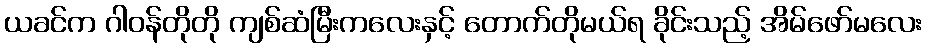
ယခင်က ဂါဝန်တိုတို ကျစ်ဆံမြီးကလေးနှင့် တောက်တိုမယ်ရ ခိုင်းသည့် အိမ်ဖော်မလေး